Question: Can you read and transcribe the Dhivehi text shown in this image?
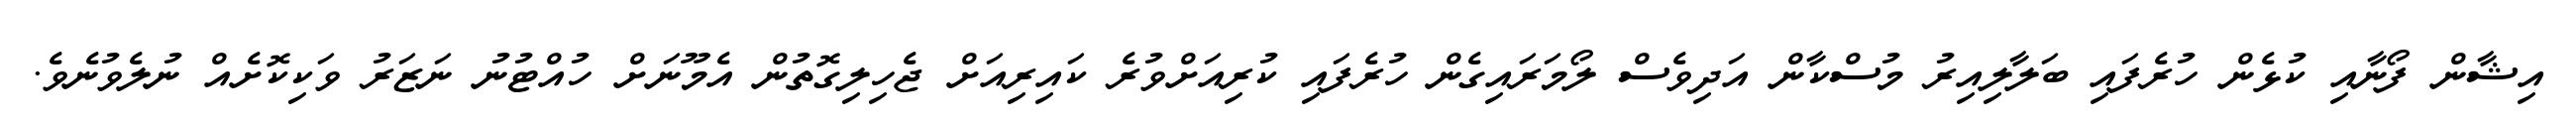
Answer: އިޝާން ފޯނާއި ކުޅެން ހުރެފައި ބަލާލިއިރު މުސްކާން އަދިވެސް ލޯމަރައިގެން ހުރެފައި ކުރިއަށްވުރެ ކައިރިއަށް ޖެހިލިގޮތުން އެމޫނަށް ހުއްޓުނު ނަޒަރު ވަކިކޮށެއް ނުލެވުނެވެ.